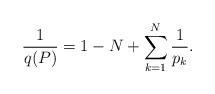
LaTeX: \begin{align*} \frac{1}{q ( P )} = 1 - N + \sum_{k = 1}^N \frac{1}{p_k}. \end{align*}